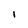
Character: 1